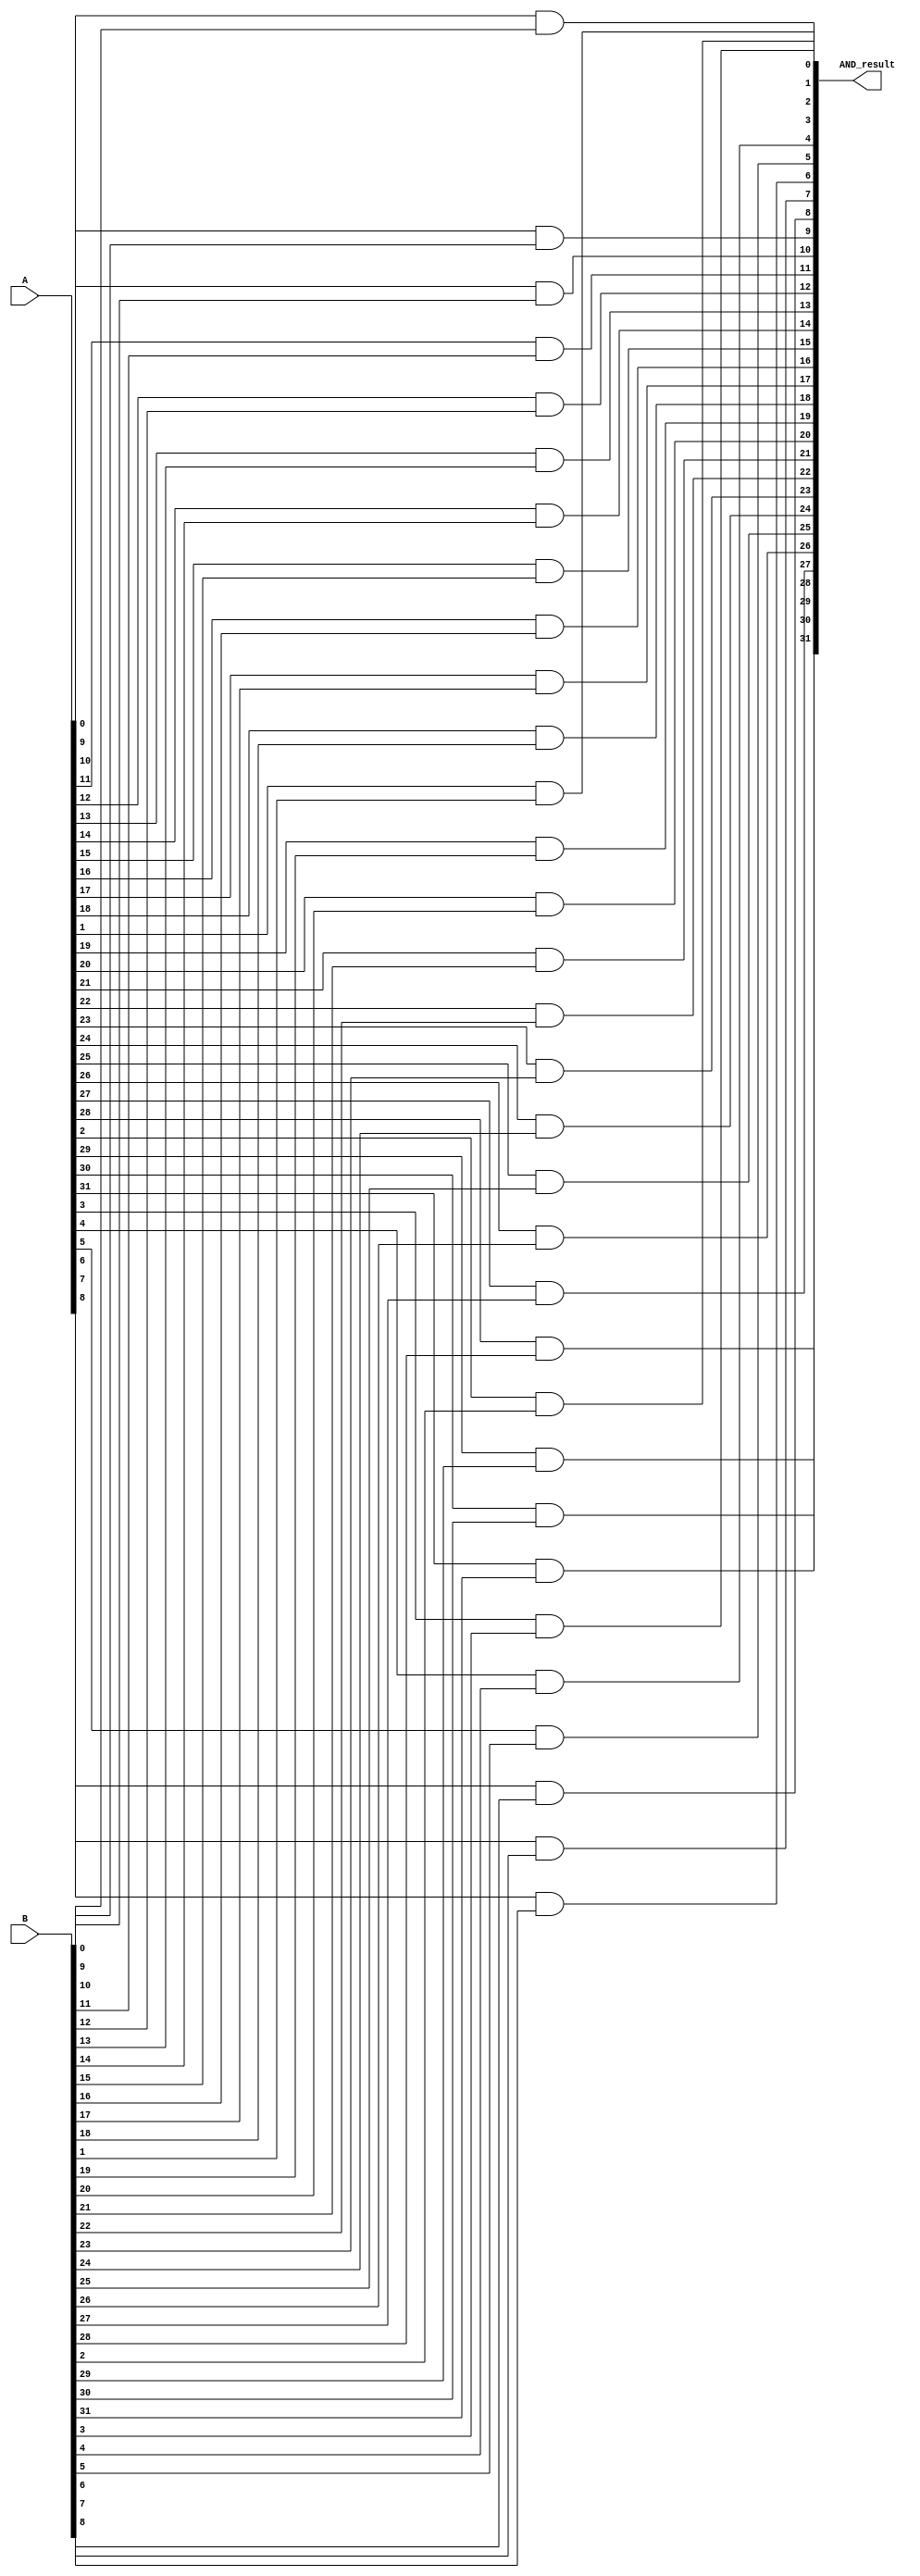
module AND(A, B, AND_result);
	input [31:0] A, B;
	output [31:0] AND_result;
	
	genvar i;
	generate
		for (i = 0; i <= 31; i = i + 1) begin: bit_and_loop
			and bit_and(AND_result[i], A[i], B[i]);
		end
	endgenerate

endmodule